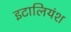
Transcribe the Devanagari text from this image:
इटालियंश